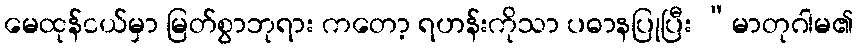
မေထုန်ငယ်မှာ မြတ်စွာဘုရား ကတော့ ရဟန်းကိုသာ ပဓာနပြုပြီး “မာတုဂါမ၏